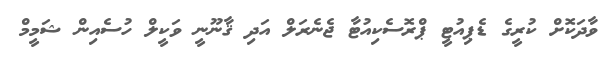
ވާދަކޮށް ކުރީގެ ޑެޕިއުޓީ ޕްރޮސެކިއުޓާ ޖެނެރަލް އަދި ޤާނޫނީ ވަކީލް ހުސެއިން ޝަމީމް